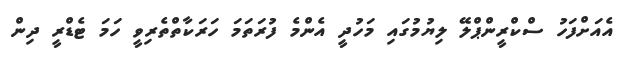
އެއަށްފަހު ސްކްރީންޕްލޭ ލިޔުމުގައި މަހުދީ އެންމެ ފުރަތަމަ ހަރަކާތްތެރިވީ ހަމަ ޓެޑްރީ ދިން